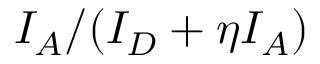
I _ { A } / ( I _ { D } + \eta I _ { A } )